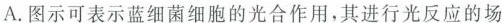
A.图示可表示蓝细菌细胞的光合作用，其进行光反应的场